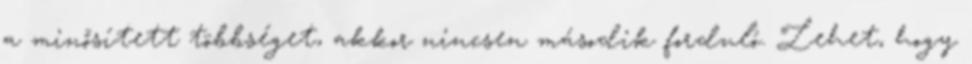
a minősített többséget, akkor nincsen második forduló. Lehet, hogy